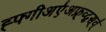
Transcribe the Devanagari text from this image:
ह्फ्गीअए॑अफ्र्व्द्स्व्॑